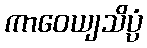
ကာဝေယျသိပ္ပံ